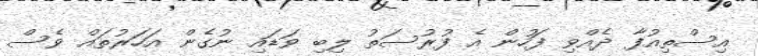
އިސްތިއުފާ ދެއްވި ފަހުން އެ ފުރުސަތު ލިބި ވަޑައި ނުގެން އަހަރުތައް ވެސް